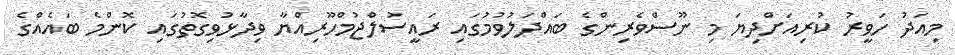
މިއަދު ހަވީރު ކުރިއަށްދިޔަ މި ނޫސްވެރިންގެ ބައްދަލުވުމުގައި ރައީސުލްޖުމްހޫރިއްޔާ ވިދާޅުވިގޮތުގައި ކޮންމެ ބައެއްގެ